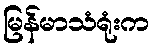
မြန်မာသံရုံးက